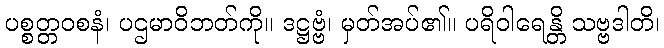
ပစ္စတ္တဝစနံ၊ ပဌမာဝိဘတ်ကို။ ဒဋ္ဌဗ္ဗံ၊ မှတ်အပ်၏။ ပရိဝါရေန္တိ သဗ္ဗဒါတိ၊